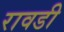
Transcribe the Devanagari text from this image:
रावडी